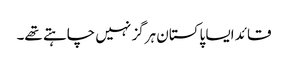
قائد ایسا پاکستان ہرگز نہیں چاہتے تھے۔